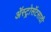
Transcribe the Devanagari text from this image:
ॲस्ट्रोसॅटसाठी